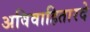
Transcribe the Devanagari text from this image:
अविवाहितारदे